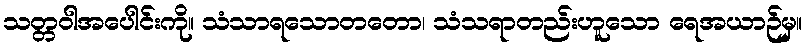
သတ္တဝါအပေါင်းကို။ သံသာရသောတတော၊ သံသရာတည်းဟူသော ရေအယာဉ်မှ။